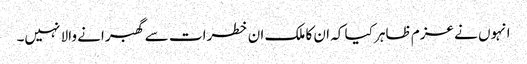
انہوں نے عزم ظاہر کیا کہ ان کا ملک ان خطرات سے گھبرانے والا نہیں۔